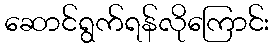
ဆောင်ရွက်ရန်လိုကြောင်း